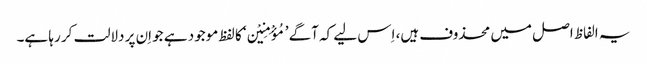
یہ الفاظ اصل میں محذوف ہیں، اِس لیے کہ آگے ’مُؤْمِنِیْن‘ کا لفظ موجود ہے جو اِن پر دلالت کر رہا ہے۔